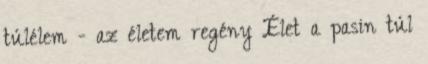
túlélem - az életem regény Élet a pasin túl